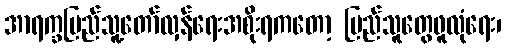
အာရက္ခပြည်သူ့တော်လှန်ရေးအစိုးရကတော့ ပြည်သူတွေဖူလုံရေး၊